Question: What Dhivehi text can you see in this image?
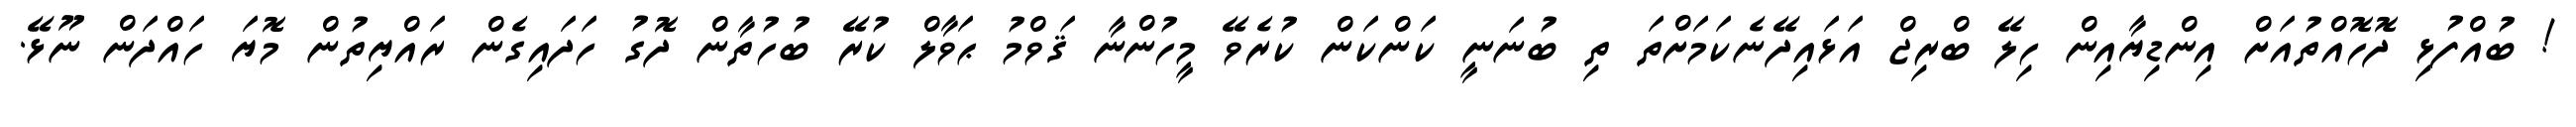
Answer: ! ބުއްފުޅި ދޮހޮއްތުއަށް އިންޑިޔާއިން ހިލޭ ބްރިޖް އަޅައިދޭނެކަމަށްތަ ތި ބުނަނީ ކަންކަން ކުރެވޭ މީހުންނާ ޤަވްމު ޙަވާލް ކުރޭ ބުހުތާން ދޮގު ހަދައިގެން ރައްޔިތުން މޮޔަ ހައްދަން ނޫޅޭ.